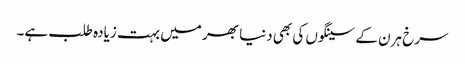
سرخ ہرن کے سینگوں کی بھی دنیا بھر میں بہت زیادہ طلب ہے۔